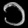
Digit: ၁